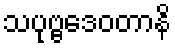
သပုဗ္ဗဒေဝတာနိ